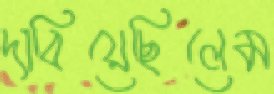
দাবিয়েছিলেম